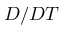
D / D T